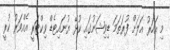
މި އަހަރު އަލަށް ފުރަތަމަ ޑިވިޝަނުގައި ކުޅޭ ޔުނައިޓެޑް ވިކްޓަރީ އެއްވަރު ކުރީ